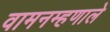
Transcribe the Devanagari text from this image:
वामनम्हणाले